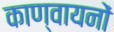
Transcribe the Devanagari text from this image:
काण्वायनों